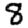
Digit: 8